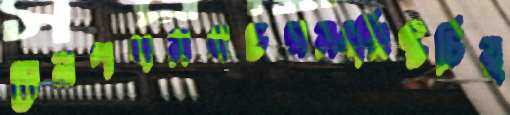
রেলপথসহচরসংশ্লিষ্টচিয়্